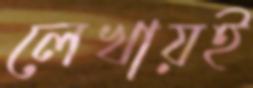
লেখায়ই